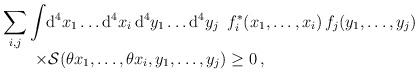
LaTeX: \begin{align*}\begin{array}{l}\displaystyle\sum\limits_{i,j}\int\!{\rm d}^4x_1\dots{\rm d}^4x_i \,{\rm d}^4y_1\dots{\rm d}^4y_j\enspace f_i^\ast(x_1,\dots,x_i)\,f_j(y_1,\dots,y_j) \\\qquad\times{\cal S}(\theta x_1,\dots,\theta x_i,y_1,\dots, y_j) \ge 0\,,\end{array}\end{align*}